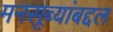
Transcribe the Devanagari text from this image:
मनसूब्यांबद्दल